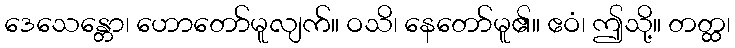
ဒေသေန္တော၊ ဟောတော်မူလျက်။ ဝသိ၊ နေတော်မူ၏။ ဧဝံ၊ ဤသို့။ တတ္ထ၊